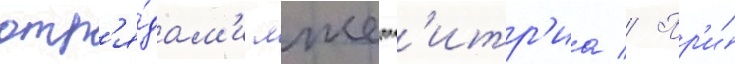
отр'я́дам'и лжедм'итр'иа // Пр'и́